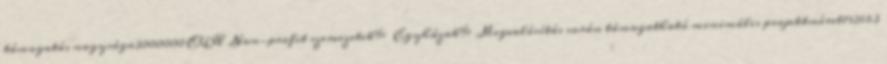
támogatás nagysága3000000 EUR▪Non-profit szervezetek% ▪Egyházak%▪Megvalósítás során támogatható minimális projektméret192663